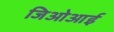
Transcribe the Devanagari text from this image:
जिओआई